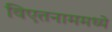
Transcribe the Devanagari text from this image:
विएतनाममध्ये